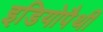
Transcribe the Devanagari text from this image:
इडियोपैथी